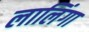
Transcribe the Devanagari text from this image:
लालिंगा